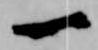
一